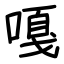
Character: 嘎